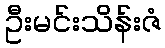
ဦးမင်းသိန်းဇံ